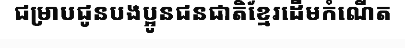
ជម្រាបជូនបងប្អូនជនជាតិខ្មែរដើមកំណើត